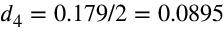
d _ { 4 } = 0 . 1 7 9 / 2 = 0 . 0 8 9 5